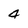
Character: 4